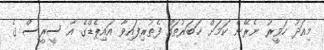
މިއަދު ހަވީރު ނެރޭނެ ކަމަށް ޚަބަރުތައް ފެތުރިފައިވާ އައިޕެޑްގެ އާ ސީރީސް ގެ